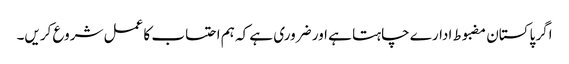
اگر پاکستان مضبوط ادارے چاہتا ہے اور ضروری ہے کہ ہم احتساب کا عمل شروع کریں۔